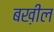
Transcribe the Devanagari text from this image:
बख़ील